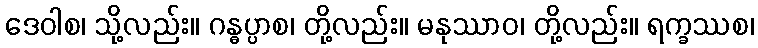
ဒေဝါစ၊ သို့လည်း။ ဂန္ဓပ္ပာစ၊ တို့လည်း။ မနုဿာဝ၊ တို့လည်း။ ရက္ခဿစ၊